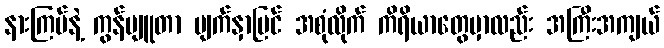
နားကြပ်နဲ့ ကွန်ပျူတာ မျက်နှာပြင် အစုံလိုက် ကိရိယာတွေမှာလည်း အကြီးအကျယ်